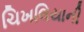
ચિખલિયાની